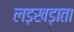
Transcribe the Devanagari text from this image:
लड़खड़ाता